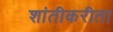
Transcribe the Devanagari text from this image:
शांतीकरीता